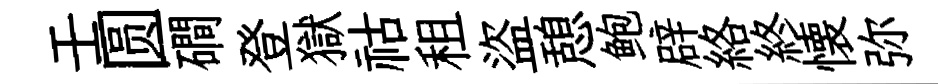
壬圆磵登獄祜租盜憩鲍辟絡終懐弥